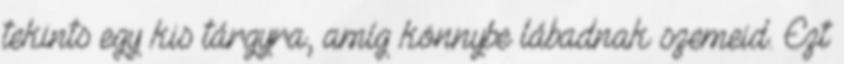
tekints egy kis tárgyra, amíg könnybe lábadnak szemeid. Ezt